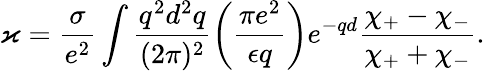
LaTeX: \varkappa=\frac{\sigma}{e^{2}}\int\frac{q^{2}d^{2}q}{(2\pi)^{2}}\left(\frac{\pi e^{2}}{\epsilon q}\right)e^{-qd}\frac{\chi_{+}-\chi_{-}}{\chi_{+}+\chi_{-}}.